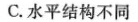
C. 水平结构不同